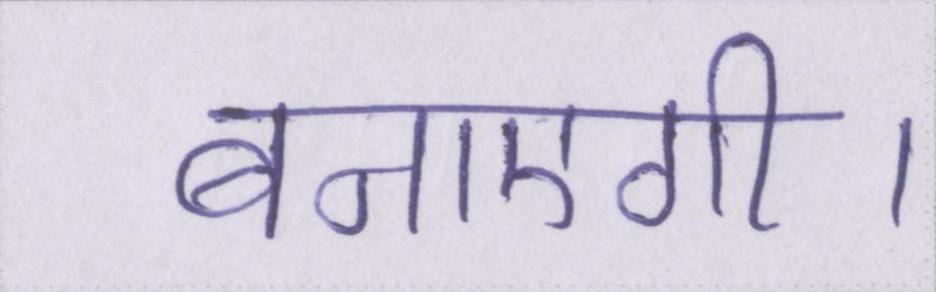
बनाएगी।